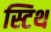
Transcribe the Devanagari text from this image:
स्टिथ